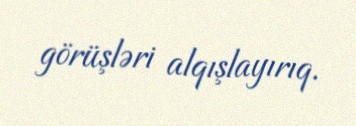
görüşləri alqışlayırıq.